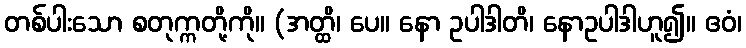
တစ်ပါးသော စတုက္ကတို့ကို။ (အတ္ထိ၊ ပေ။ နော ဥပါဒါတိ၊ နောဥပါဒါဟူ၍။ ဧဝံ၊